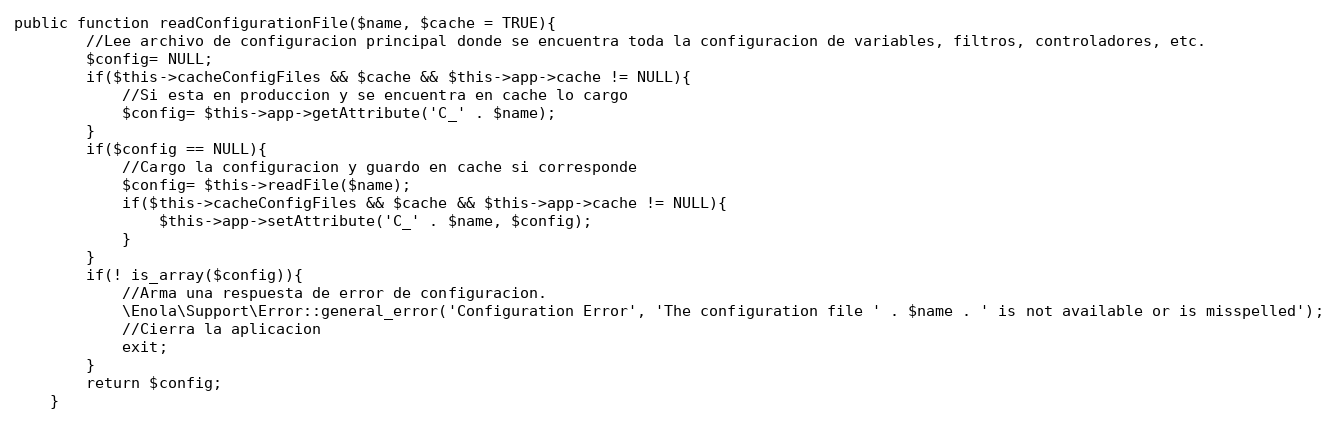
Language: PHP
public function readConfigurationFile($name, $cache = TRUE){
        //Lee archivo de configuracion principal donde se encuentra toda la configuracion de variables, filtros, controladores, etc.
        $config= NULL;
        if($this->cacheConfigFiles && $cache && $this->app->cache != NULL){
            //Si esta en produccion y se encuentra en cache lo cargo
            $config= $this->app->getAttribute('C_' . $name);
        }
        if($config == NULL){
            //Cargo la configuracion y guardo en cache si corresponde
            $config= $this->readFile($name);
            if($this->cacheConfigFiles && $cache && $this->app->cache != NULL){
                $this->app->setAttribute('C_' . $name, $config);
            }
        }
        if(! is_array($config)){
            //Arma una respuesta de error de configuracion.
            \Enola\Support\Error::general_error('Configuration Error', 'The configuration file ' . $name . ' is not available or is misspelled');
            //Cierra la aplicacion
            exit;
        }
        return $config;
    }